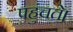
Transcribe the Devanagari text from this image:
पहुंचते।